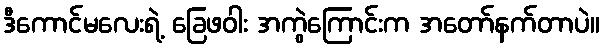
ဒီကောင်မလေးရဲ့ ခြေဖဝါး အကွဲကြောင်းက အတော်နက်တာပဲ။